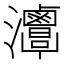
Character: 𤅦